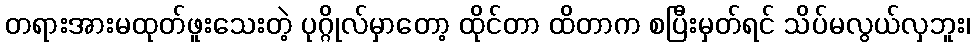
တရားအားမထုတ်ဖူးသေးတဲ့ ပုဂ္ဂိုလ်မှာတော့ ထိုင်တာ ထိတာက စပြီးမှတ်ရင် သိပ်မလွယ်လှဘူး၊